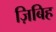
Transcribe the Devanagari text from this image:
ज़िबिह